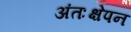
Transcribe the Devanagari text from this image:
अंतःक्षेपन